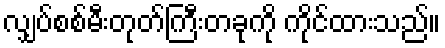
လျှပ်စစ်မီးတုတ်ကြီးတခုကို ကိုင်ထားသည်။